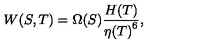
{ W ( S , T ) = { \Omega ( S ) { \frac { H ( T ) } { { \eta ( T ) } ^ { 6 } } } } } ,